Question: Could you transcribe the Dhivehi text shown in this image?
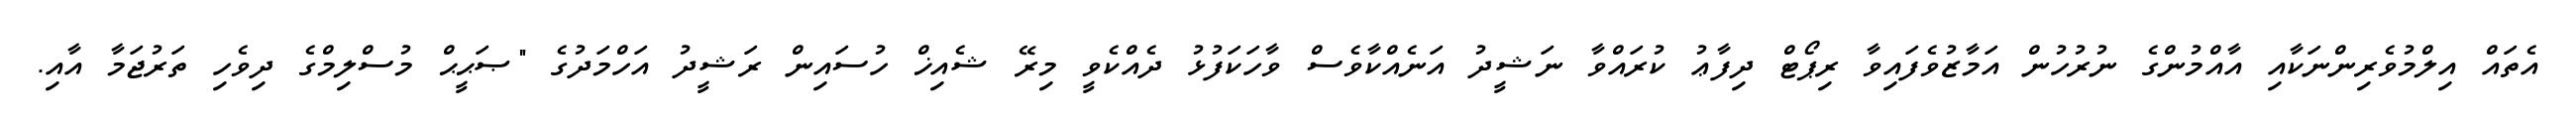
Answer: އެތައް އިލްމުވެރިންނަކާއި އާއްމުންގެ ނުރުހުން އަމާޒުވެފައިވާ ރިޕޯޓް ދިފާޢު ކުރައްވާ ނަޝީދު އަނެއްކާވެސް ވާހަކަފުޅު ދެއްކެވީ މިރޭ ޝެއިޚް ހުސައިން ރަޝީދު އަހްމަދުގެ "ޞަޙީޙް މުސްލިމްގެ ދިވެހި ތަރުޖަމާ އާއި.